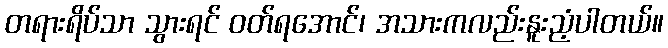
တရားရိပ်သာ သွားရင် ဝတ်ရအောင်၊ အသားကလည်းနူးညံ့ပါတယ်။